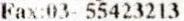
FAX:03- 55423213